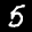
Label: 5